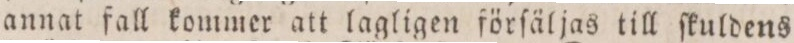
annat fall kommer att lagligen förſäljas till ſkuldens